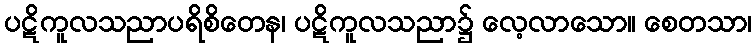
ပဋိကူလသညာပရိစိတေန၊ ပဋိကူလသညာ၌ လေ့လာသော။ စေတသာ၊